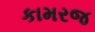
કામરજ